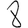
Digit: 8